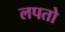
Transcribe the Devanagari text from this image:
लपतो